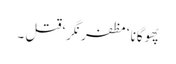
پھوگانا ‘ مظفر نگر‘ قتل ۔